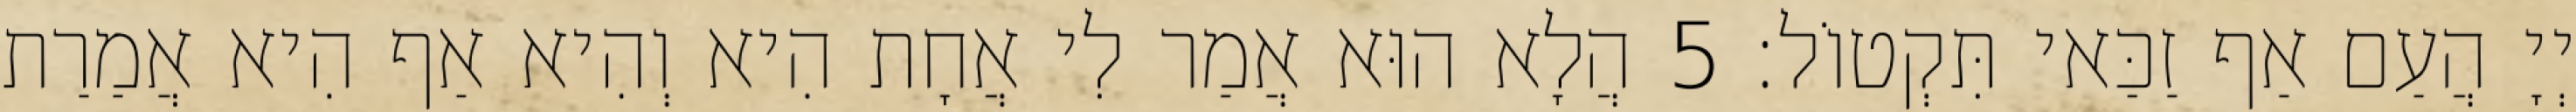
יְיָ הֲעַם אַף זַכַּאי תִּקְטוֹל׃ 5 הֲלָא הוּא אֲמַר לִי אֲחָת הִיא וְהִיא אַף הִיא אֲמַרַת